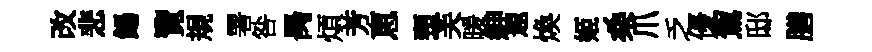
改悲餳覽規署咎昺煩芳恵頸芙暖紳遐煥姬桑爪乏優駕邸膳